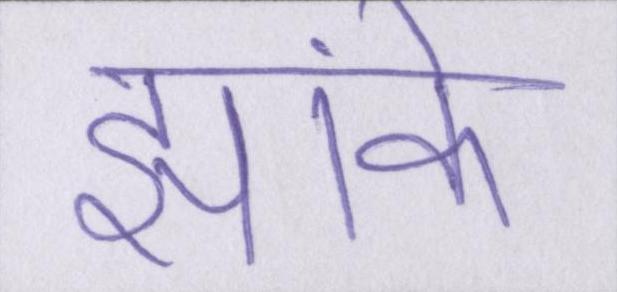
झांके